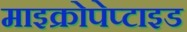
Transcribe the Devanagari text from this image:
माइक्रोपेप्टाइड